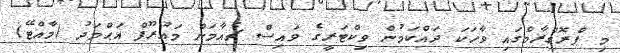
މި ޕްރޮގްރާމްގައި ވާހަކަ ދައްކަމުން ވިކްޓަރީގެ ވައިސް ޗެއާމަން މައުރޫފް އަޙްމަދު (މާއްޓޭ)